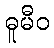
ဓူမီဝ